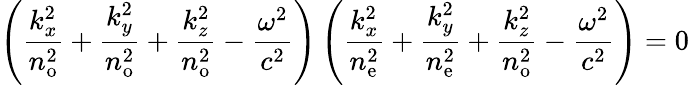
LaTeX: \left({\frac{k_{x}^{2}}{n_{\mathrm{o}}^{2}}}+{\frac{k_{y}^{2}}{n_{\mathrm{o}}^{2}}}+{\frac{k_{z}^{2}}{n_{\mathrm{o}}^{2}}}-{\frac{\omega^{2}}{c^{2}}}\right)\left({\frac{k_{x}^{2}}{n_{\mathrm{e}}^{2}}}+{\frac{k_{y}^{2}}{n_{\mathrm{e}}^{2}}}+{\frac{k_{z}^{2}}{n_{\mathrm{o}}^{2}}}-{\frac{\omega^{2}}{c^{2}}}\right)=0